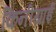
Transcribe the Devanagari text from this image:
किनीयाई